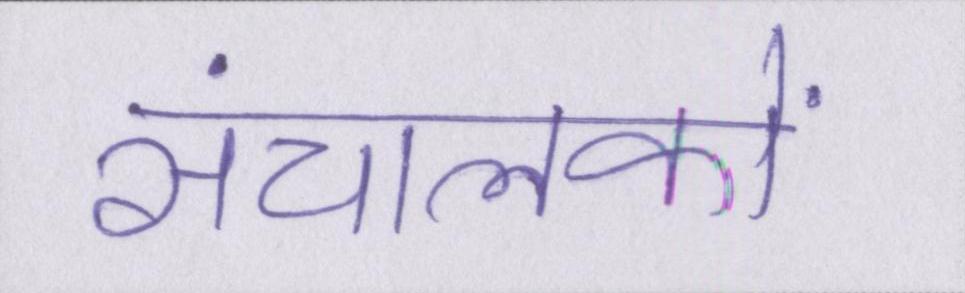
संचालकों